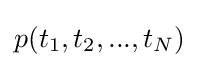
p(t_{1},t_{2},...,t_{N})